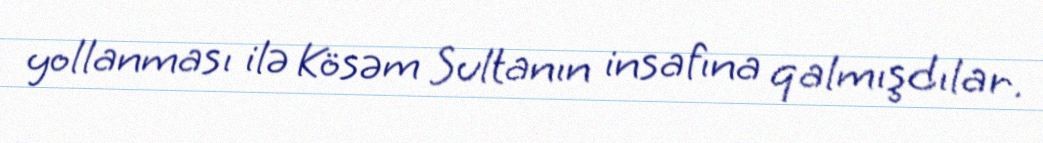
yollanması ilə Kösəm Sultanın insafına qalmışdılar.